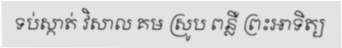
ទប់ស្កាត់ វិសាល គម ស្រូប ពន្លឺ ព្រះអាទិត្យ